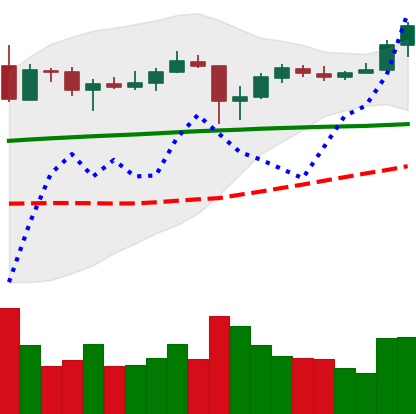
Ticker: ADA-USD
Chart end date: 2020-05-19
Forward return: -6.746%
Label: down_5_7